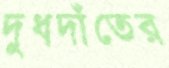
দুধদাঁতের